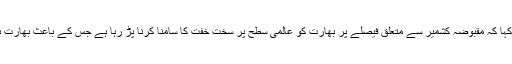
ڈاکٹر محمد فیصل نے کہا کہ مقبوضہ کشمیر سے متعلق فیصلے پر بھارت کو عالمی سطح پر سخت خفت کا سامنا کرنا پڑ رہا ہے جس کے باعث بھارت بوکھلاہٹ کا شکار ہے۔